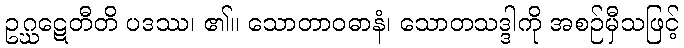
ဥဂ္ဃဋေတီတိ ပဒဿ၊ ၏။ သောတာဝဓာနံ၊ သောတသဒ္ဒါကို အစဉ်မှီသဖြင့်